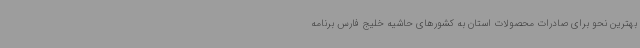
بهترین نحو برای صادرات محصولات استان به کشورهای حاشیه خلیج فارس برنامه